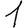
Digit: 1